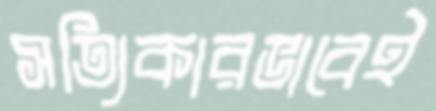
সত্যিকারভাবেই